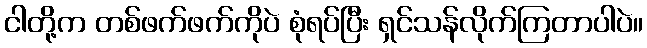
ငါတို့က တစ်ဖက်ဖက်ကိုပဲ စုံရပ်ပြီး ရှင်သန်လိုက်ကြတာပါပဲ။